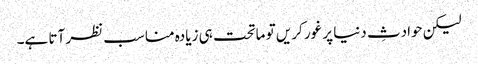
لیکن حوادثِ دنیا پر غور کریں تو ماتحت ہی زیادہ مناسب نظر آتا ہے۔